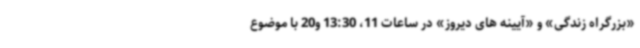
«بزرگراه زندگی» و «آیینه های دیروز» در ساعات 11، 13:30 و20 با موضوع